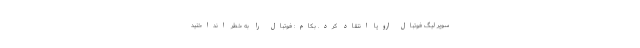
سوپر لیگ فوتبال اروپا انتقاد کرد. بکام: فوتبال را به خطر انداختید